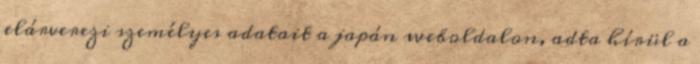
elárverezi személyes adatait a japán weboldalon, adta hírül a